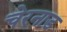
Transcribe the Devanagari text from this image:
चेरनाड